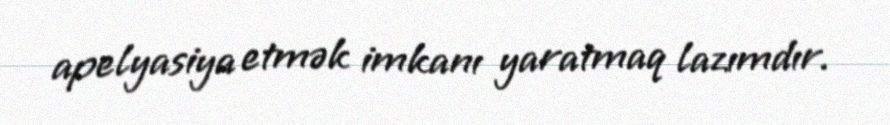
apelyasiya etmək imkanı yaratmaq lazımdır.